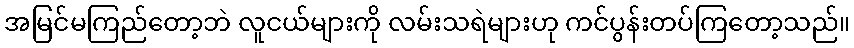
အမြင်မကြည်တော့ဘဲ လူငယ်များကို လမ်းသရဲများဟု ကင်ပွန်းတပ်ကြတော့သည်။